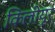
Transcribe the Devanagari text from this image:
किलीयूर